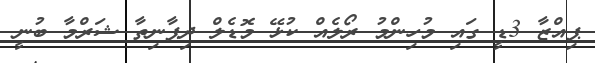
ޕިއްޒާ 3ޑީ ގައި މުހިންމު ރޯލެއް ކުޅޭ މޮޑެލް ދިޕާނިތާ ޝަރްމާ ބުނީ